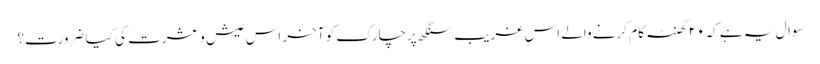
سوال یہ ہے کہ ۲۰ گھنٹہ کام کرنے والے اس غریب سنگھ پرچارک کو آخر اس عیش و عشرت کی کیا ضرورت؟